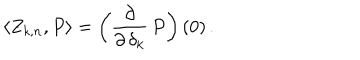
\langle Z _ { k , n } , P \rangle = \left( { \frac { \partial } { \partial \, \delta _ { k } } } \, P \right) ( 0 ) \, .